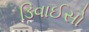
ડિવાઈસો